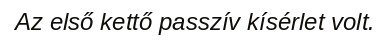
Az első kettő passzív kísérlet volt.